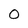
Character: 0